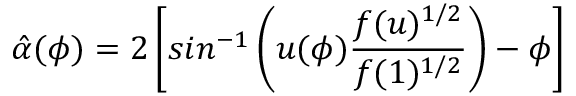
\hat { \alpha } ( \phi ) = 2 \left[ s i n ^ { - 1 } \left( u ( \phi ) \frac { f ( u ) ^ { 1 / 2 } } { f ( 1 ) ^ { 1 / 2 } } \right) - \phi \right]